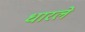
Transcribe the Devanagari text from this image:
धारले